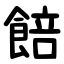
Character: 餢